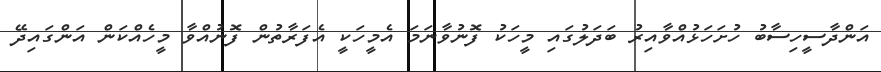
އަންދާސީހިސާބު ހުށަހަޅުއްވާއިރު ބަދަލުގައި މީހަކު ފޮނުވާނަމަ އެމީހަކީ އެފަރާތުން ފޮނުއްވާ މީހެއްކަން އަންގައިދޭ